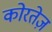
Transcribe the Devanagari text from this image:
कोरतेज़